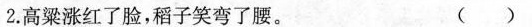
2.高粱涨红了脸，稻子笑弯了腰。 ()